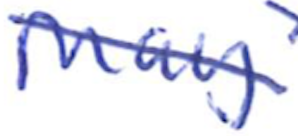
Text: May
Cross-out: mix
Writing tool: ballpoint